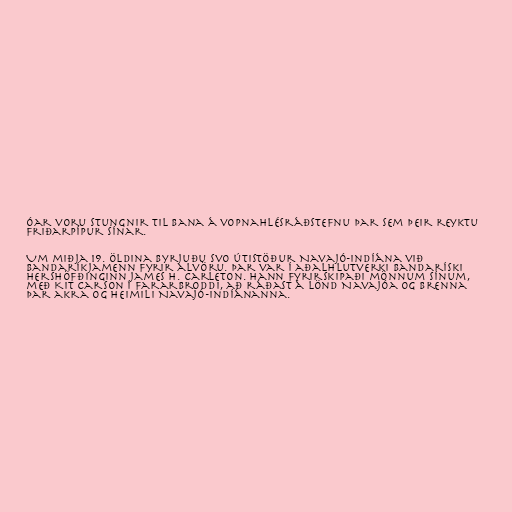
óar voru stungnir til bana á vopnahlésráðstefnu þar sem þeir reyktu
friðarpípur sínar.

Um miðja 19. öldina byrjuðu svo útistöður Navajó-indíána við
Bandaríkjamenn fyrir alvöru. Þar var í aðalhlutverki bandaríski
hershöfðinginn James H. Carleton. Hann fyrirskipaði mönnum sínum,
með Kit Carson í fararbroddi, að ráðast á lönd Navajóa og brenna
þar akra og heimili Navajó-indíánanna.